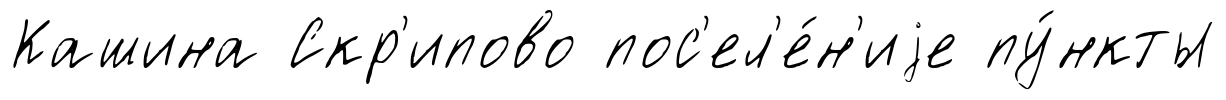
Кашина Скр'ипово пос'ел'е́н'иjе пу́нкты